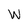
Character: W